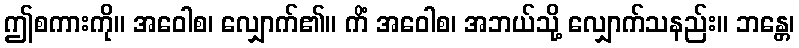
ဤစကားကို။ အဝေါစ၊ လျှောက်၏။ ကိံ အဝေါစ၊ အဘယ်သို့ လျှောက်သနည်း။ ဘန္တေ၊